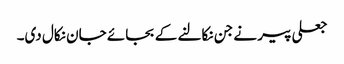
جعلی پیر نے جن نکالنے کے بجائے جان نکال دی۔